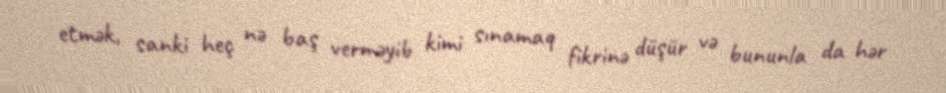
etmək, sanki heç nə baş verməyib kimi sınamaq fikrinə düşür və bununla da hər